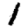
Digit: 1